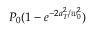
P _ { 0 } ( 1 - e ^ { - 2 a _ { T } ^ { 2 } / w _ { 0 } ^ { 2 } } )